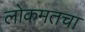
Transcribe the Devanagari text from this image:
लोकमतचा